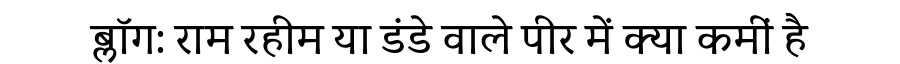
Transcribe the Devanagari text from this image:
ब्लॉग: राम रहीम या डंडे वाले पीर में क्या कमीं है